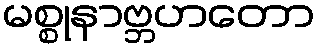
မစ္စုနာဗ္ဘဟတော